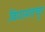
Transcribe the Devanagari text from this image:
विद्यामतचूर